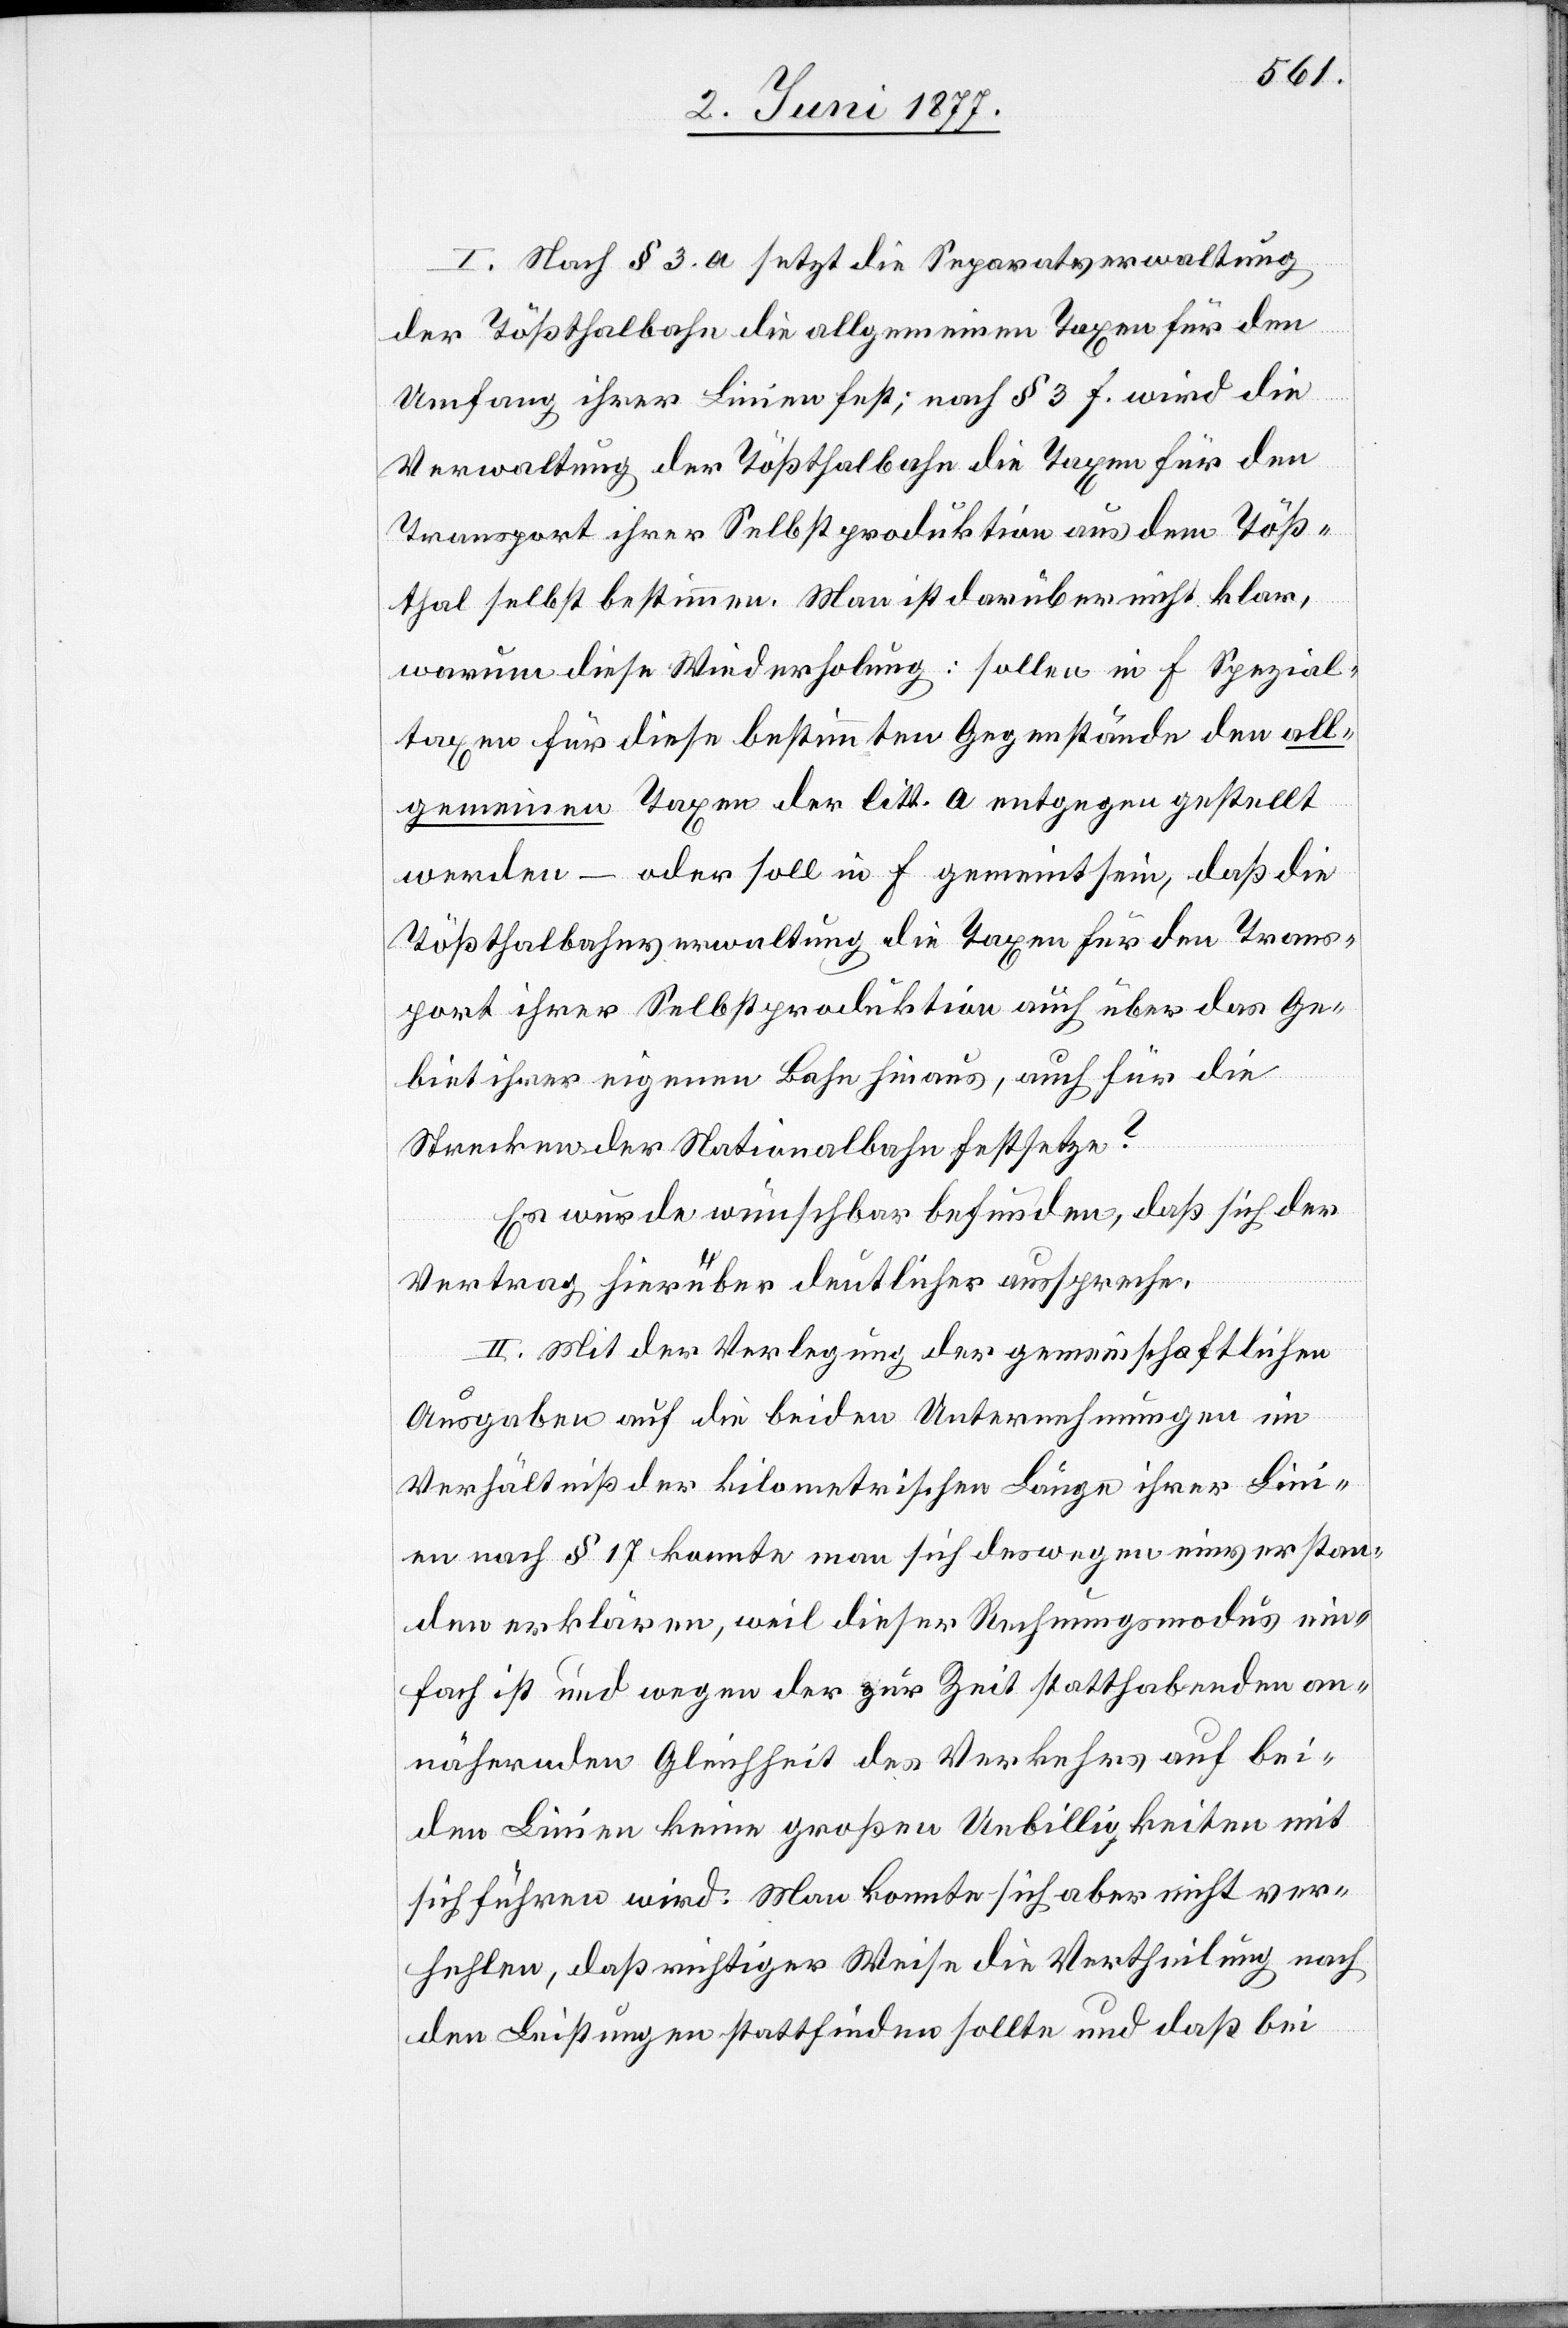
I. Nach § 3. a setzt die Separatverwaltung
der Tößthalbahn die allgemeinen Taxen für den
Umfang ihrer Linien fest; nach § 3 f. wird die
Verwaltung der Tößthalbahn die Taxen für den
Transport ihrer Selbstproduktion aus dem Töß¬
thal selbst bestimmen. Man ist darüber nicht klar,
warum diese Wiederholung: sollen in f Spezial¬
taxen für diese bestimmten Gegenstände den all¬
gemeinen Taxen der litt. a entgegen gestellt
werden – oder soll in f gemeint sein, daß die
Tößthalbahnverwaltung die Taxen für den Trans¬
port ihrer Selbstproduktion auch über das Ge¬
biet ihrer eigenen Bahn hinaus, auch für die
Strecken der Nationalbahn festsetze?
Es wurde wünschbar befunden, daß sie der
Vertrag hierüber deutlicher ausspreche.
II. Mit der Verlegung der gemeinschaftlichen
Ausgabe auf die beiden Unternehmungen im
Verhältniß der kilometrischen Länge ihrer Lini¬
en nach § 17 konnte man sich deswegen einverstan¬
den erklären, weil dieser Rechnungsmodus ein¬
fach ist und wegen der zur Zeit statthabenden an¬
nähernden Gleichheit des Verkehrs auf bei¬
den Linien keine großen Unbilligkeiten mit
sich führen wird. Man konnte sich aber nicht ver¬
hehlen, daß richtiger Weise die Vertheilung nach
den Leistungen stattfinden sollte und daß bei